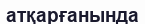
атқарғанында